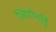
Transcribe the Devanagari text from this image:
लियोनॉर्ड्